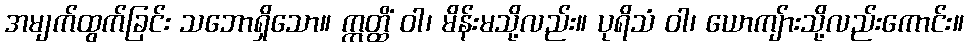
အမျက်ထွက်ခြင်း သဘောရှိသော။ ဣတ္ထိံ ဝါ၊ မိန်းမသို့လည်း။ ပုရိသံ ဝါ၊ ယောကျ်ားသို့လည်းကောင်း။